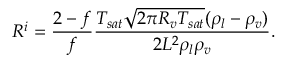
R ^ { i } = \frac { 2 - f } { f } \frac { T _ { s a t } \sqrt { 2 \pi R _ { v } T _ { s a t } } ( \rho _ { l } - \rho _ { v } ) } { 2 { \cal L } ^ { 2 } \rho _ { l } \rho _ { v } } .